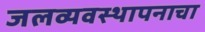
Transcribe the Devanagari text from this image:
जलव्यवस्थापनाचा